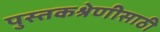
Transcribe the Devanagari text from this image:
पुस्तकश्रेणीसाठी